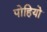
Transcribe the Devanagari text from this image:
पोहियो